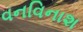
વનવિનાશ